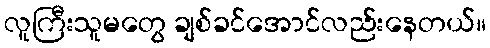
လူကြီးသူမတွေ ချစ်ခင်အောင်လည်းနေတယ်။